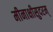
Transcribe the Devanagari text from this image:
मीनाक्षीसुदरम्